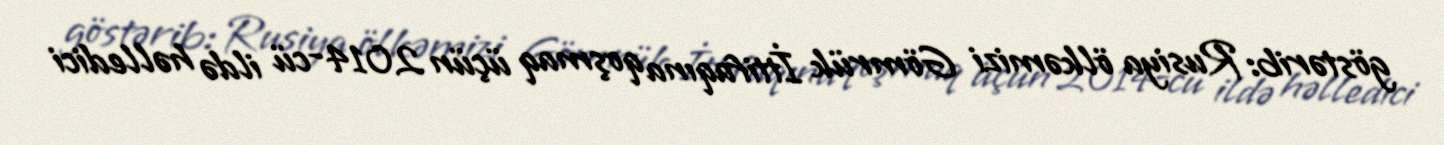
göstərib: Rusiya ölkəmizi Gömrük İttifaqına qoşmaq üçün 2014-cü ildə həlledici